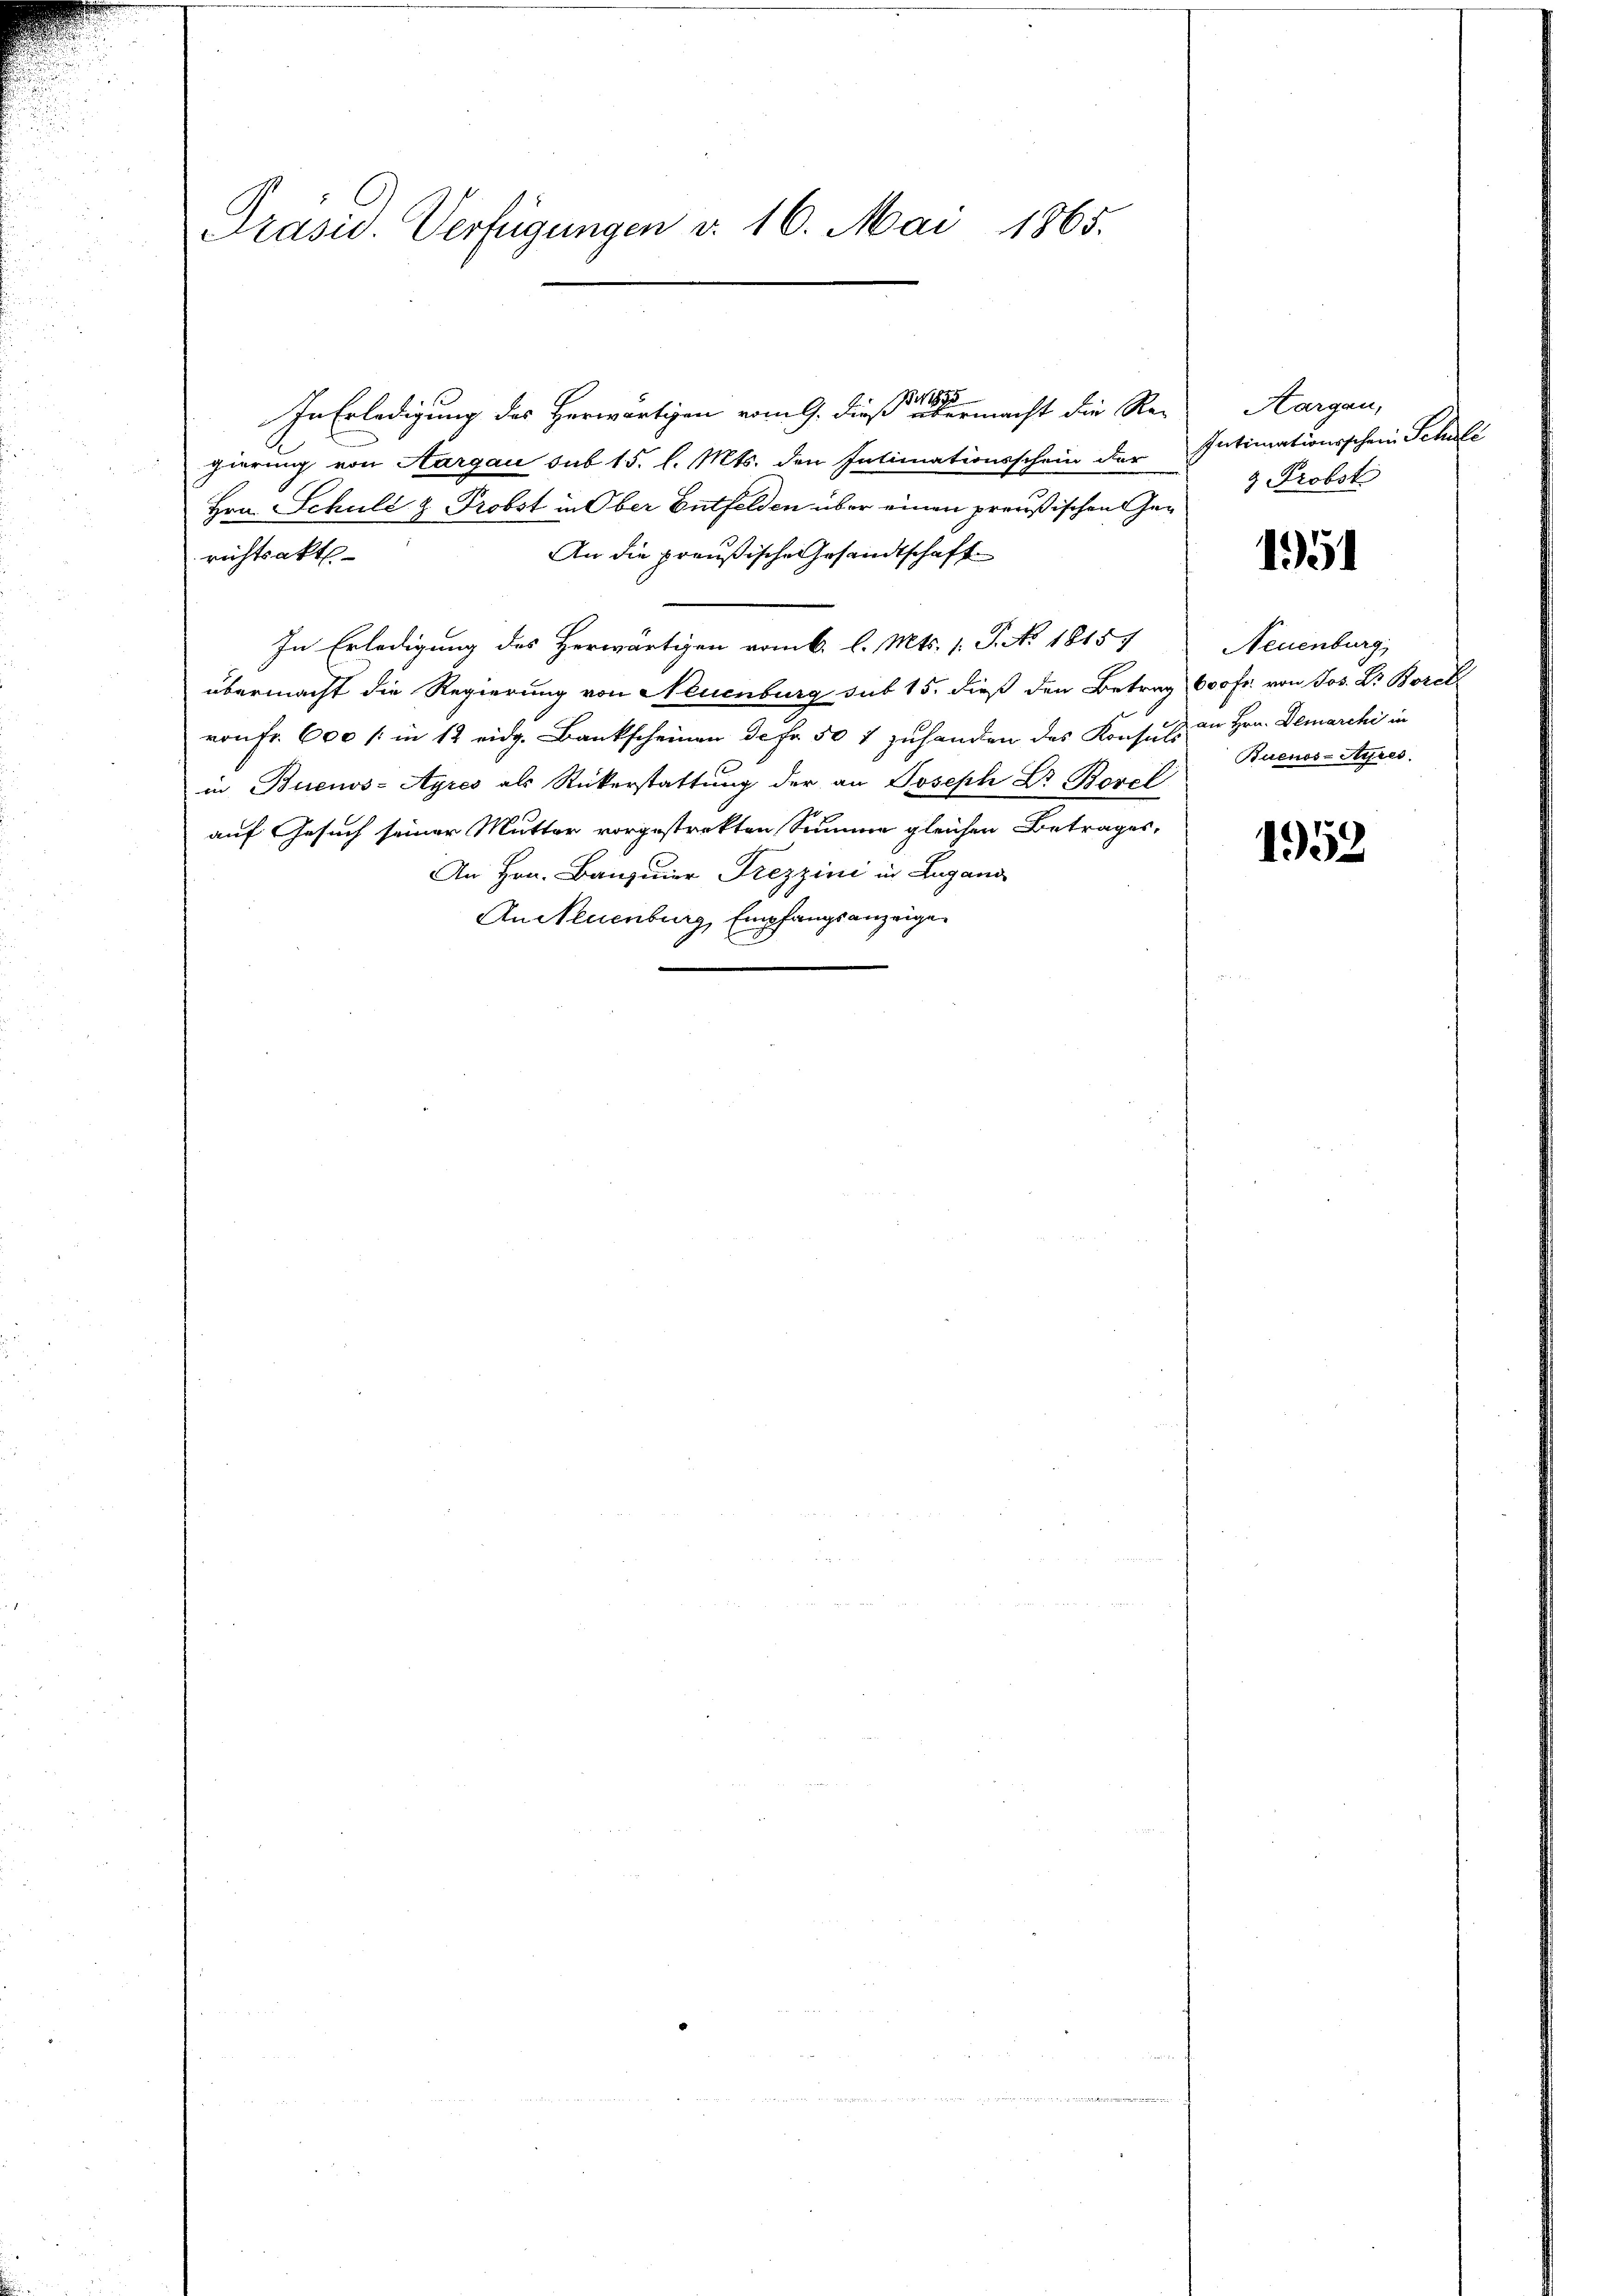
Präsid. Verfügungen d. 16. Mai 1865.

In Erledigung des Herwärtigen vom 9. Dieß er ermacht die Re-
gierung von Aargau sub 15. l. Mts. den Intimationsschein der Intimationsschein Schule
Hrn. Schule & Probst in Ober Entfelden über einen preußischen Ge¬
An die preußische Gesandtschaft
richtsakt
In Erledigung des Herwärtigen vom 6. l. Mts. 1. P. No. 18157, Neuenburg,
übermacht die Regierung von Neuenburg sub 15. dieß den Betrag 600 fr. von Jos. Dr Borck
von Fr. 600 (: in 12 eidg. Bankscheinen de fr. 507 zuhanden das Konsuls an Hrn. Demarchi in
in Buenos-Ayres als Rückerstattung der an Joseph Dr Borel
auf Gesuch seiner Mutter vorgestrekten Summe gleichen Betrages,
An Hrn. Banquier Frezzini in Lugang
An Neuenburg, Empfangsanzeige

Horgen,
& Probst

195.

Buenos-Ayres.

1952